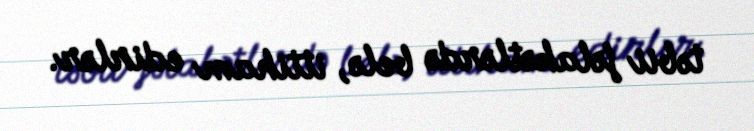
təbii fəlakətlərdə belə, ittiham edirlər.